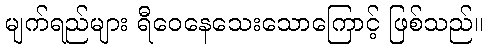
မျက်ရည်များ ရီဝေနေသေးသောကြောင့် ဖြစ်သည်။